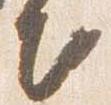
出